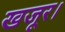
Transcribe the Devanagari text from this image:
खजूर।